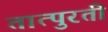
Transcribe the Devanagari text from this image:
तात्पुरतीं